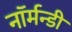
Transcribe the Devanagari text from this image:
नॉर्मन्डी